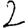
Digit: 2